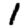
Digit: 1